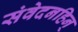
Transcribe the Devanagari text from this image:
संवेदनहिन्